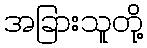
အခြားသူတို့